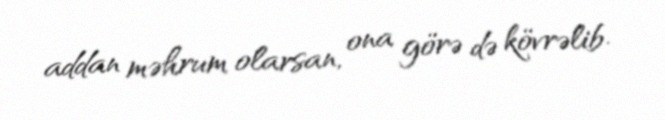
addan məhrum olarsan, ona görə də kövrəlib.